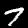
Label: 7